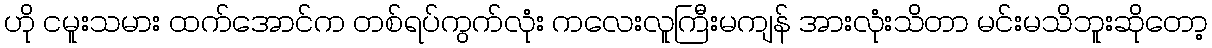
ဟို ငမူးသမား ထက်အောင်က တစ်ရပ်ကွက်လုံး ကလေးလူကြီးမကျန် အားလုံးသိတာ မင်းမသိဘူးဆိုတော့